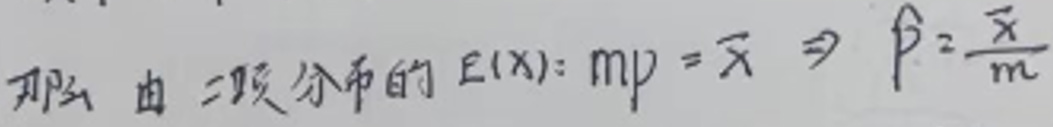
那么 由 二项分布的 $E(X): mp = \bar{x} \Rightarrow p=\frac{\bar{x}}{m}$